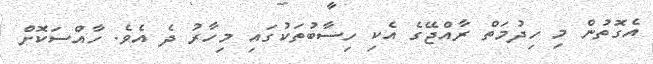
އެގޮތުން މި ހިދުމަތް ރާއްޖޭގެ އެކި ހިސާބުތަކުގައި މިހާރު ދެ އެވެ. ހާއްސަކޮށް